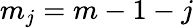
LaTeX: m_{j}=m-1-j